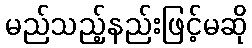
မည်သည့်နည်းဖြင့်မဆို